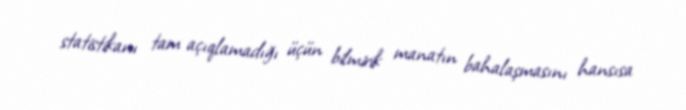
statistikanı tam açıqlamadığı üçün bilmirik manatın bahalaşmasını hansısa